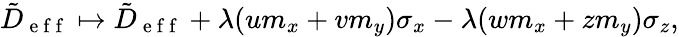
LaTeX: \begin{array}{r}{\tilde{D}_{\mathrm{~e~f~f~}}\mapsto\tilde{D}_{\mathrm{~e~f~f~}}+\lambda(um_{x}+vm_{y})\sigma_{x}-\lambda(wm_{x}+zm_{y})\sigma_{z},}\end{array}